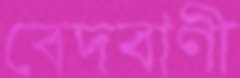
বেদবাণী